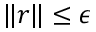
\lVert r \rVert \leq \epsilon